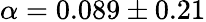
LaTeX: \alpha=0.089\pm 0.21